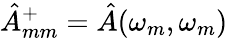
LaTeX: {\hat{A}}_{mm}^{+}={\hat{A}}(\omega_{m},\omega_{m})